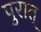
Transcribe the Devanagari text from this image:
पुरात्